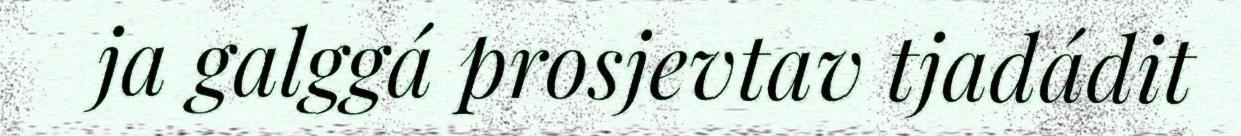
ja galggá prosjevtav tjadádit